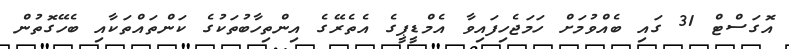
އޮގަސްޓް 31 ގައި ބެއްވުމަށް ހަމަޖެހިފައިވާ އެމްޑީޕީގެ އެތެރޭގެ އިންތިހާބުތަކުގެ ކަންތައްތަކާއި ބެހޭގޮތުން